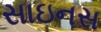
સાઇનસ